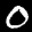
Label: 0